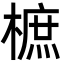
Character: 樜